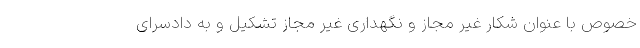
خصوص با عنوان شکار غیر مجاز و نگهداری غیر مجاز تشکیل و به دادسرای